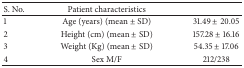
<table><thead><tr><td><b>S. No.</b></td><td><b>Patient characteristics </b></td><td><b> </b></td></tr></thead><tbody><tr><td>1</td><td>Age (years) (mean ± SD)</td><td>31.49 ± 20.05 </td></tr><tr><td>2</td><td>Height (cm) (mean ± SD)</td><td>157.28 ± 16.16 </td></tr><tr><td>3</td><td>Weight (Kg) (mean ± SD)</td><td>54.35 ± 17.06 </td></tr><tr><td>4</td><td>Sex M/F</td><td>212/238 </td></tr></tbody></table>